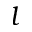
l